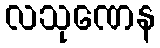
လသုဏေန